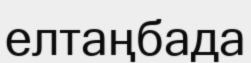
елтаңбада